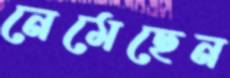
নেমেছেন